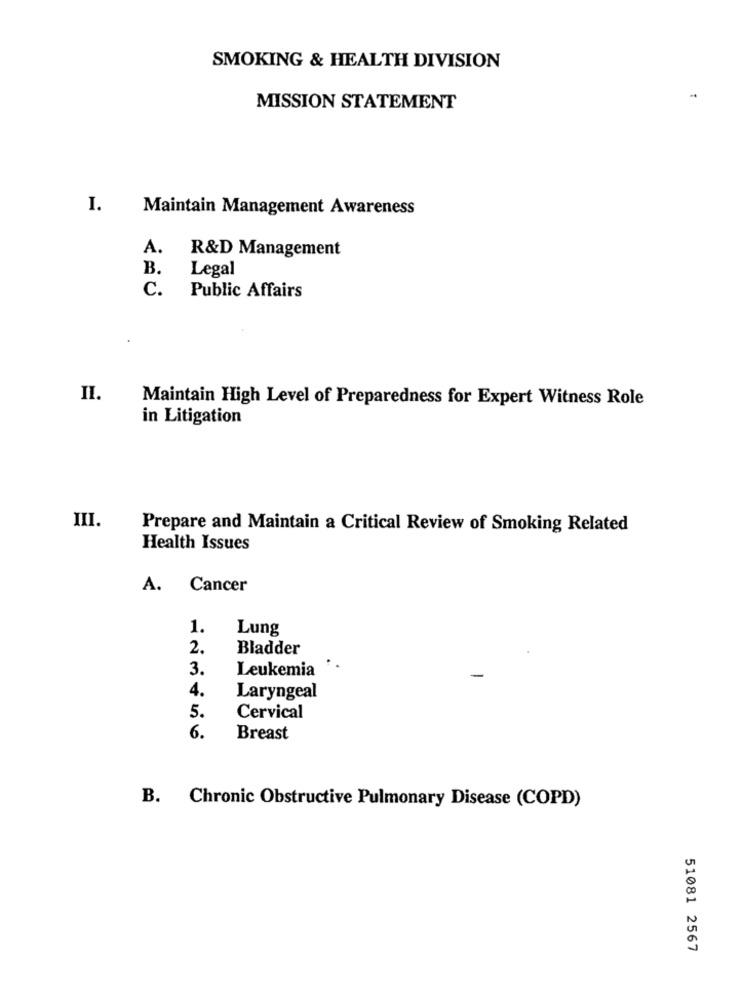
SMOKING & HEALTH DIVISION
MISSION STATEMENT
I.
Maintain Management Awareness
A.
R&D Management
B.
Legal
c.
Public Affairs
II.
Maintain High Level of Preparedness for Expert Witness Role
in Litigation
III.
Prepare and Maintain a Critical Review of Smoking Related
Health Issues
A. Cancer
1.
Lung
2.
Bladder
3.
Leukemia
4.
Laryngeal
5.
Cervical
6.
Breast
B. Chronic Obstructive Pulmonary Disease (COPD)
51081 2567